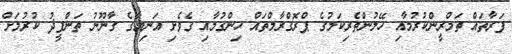
ފަރާތައް ތަމްރީންކުރުމާއި ހޭލުންތެރިކަމުގެ ޕްރޮގްރާމްތައް ހިންގުމާއި ގެވެށި އަނިޔާގެ ގާނޫނު ތަންފީޛު ކުރުމަށް